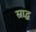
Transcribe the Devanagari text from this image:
स्राद्ध